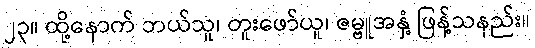
၂၃။ ထို့နောက် ဘယ်သူ၊ တူးဖော်ယူ၊ ဇမ္ဗူအနှံ့ ဖြန့်သနည်း။